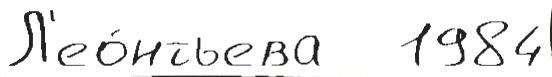
Л'ео́нтьева   1984